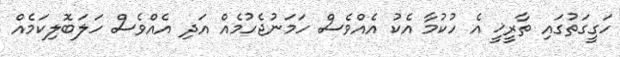
ހަގީގަތުގައި ތާރީޚީ އެ ހުކުމާ އެކު އެއްވެސް ހަމަނުޖެހުމެއް އަދި އެއްވެސް ހަލަބޮލިކަމެއް